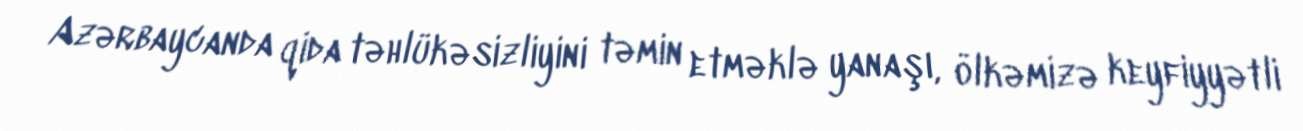
Azərbaycanda qida təhlükəsizliyini təmin etməklə yanaşı, ölkəmizə keyfiyyətli